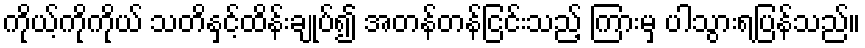
ကိုယ့်ကိုကိုယ် သတိနှင့်ထိန်းချုပ်၍ အတန်တန်ငြင်းသည့် ကြားမှ ပါသွားရပြန်သည်။